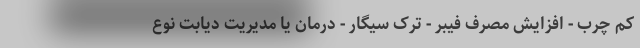
کم چرب - افزایش مصرف فیبر - ترک سیگار - درمان یا مدیریت دیابت نوع